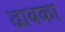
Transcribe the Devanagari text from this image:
ढाबका